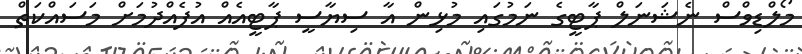
މޯލްޑިވްސް ނެޝަނަލް ޕާޓީގެ ނަމުގައި މުޅިން އާ ސިޔާސީ ޕާޓީއެއް އުފެއްދުމަށް މަސައްކަތް